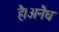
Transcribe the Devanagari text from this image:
है।अनैध